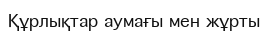
Құрлықтар аумағы мен жұрты